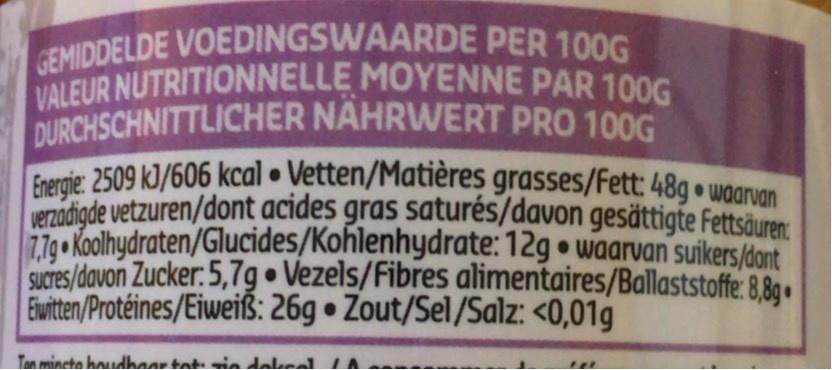
GEMIDDELDE VOEDINGSWAARDE PER 100G VALEUR NUTRITIONNELLE MOYENNE PAR 100G DURCHSCHNITTLICHER NAHRWERT PRO 100G Frerie 2509 kJ/606 kcal • Vetten/Matières grasses/Fett: 48g • waaruan
verzadigde vetzuren/dont acides gras saturés/davon gesättigte Fettsäuren: 779 • Koolhydraten/Glucides/Kohlenhydrate: 12g • waarvan suikers/dont SuCres/davon Zucker: 5,7g • Vezels/Fibres alimentaires/Ballaststoffe: 8,8 • Ewiten/Protéines/Eiweiß: 26g • Zout/Sel/Salz: <0,01g
Ton mincta houdhaar tot in dolkeal IA